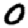
Digit: 0